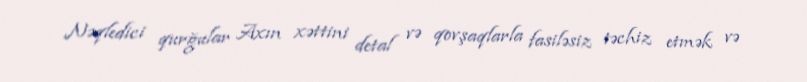
Nəqledici qurğular Axın xəttini detal və qovşaqlarla fasiləsiz təchiz etmək və